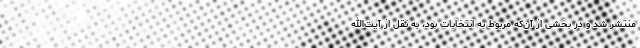
منتشر شد و در بخشی از آن‌که مربوط به انتخابات بود، به نقل از آیت‌الله